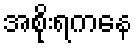
အစိုးရကနေ